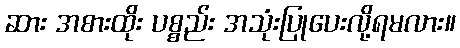
ဆား အစားထိုး ပစ္စည်း အသုံးပြုပေးလို့ရမလား။